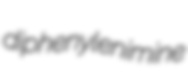
diphenylenimine